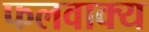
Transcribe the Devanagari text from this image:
फलवाक्य